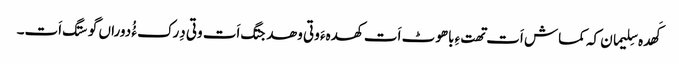
کَھدہ سِلیمان کہ کماش اَت تھتءِ باھوٹ اَت کھدہءَ وتی وھدجتگ اَت وتی دِرک ءُُ دوراں گوستگ اَت۔